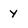
Character: y